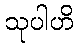
သုပါဟိ